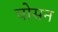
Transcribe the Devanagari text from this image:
चोसन